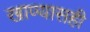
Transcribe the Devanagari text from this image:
खाण्यासही